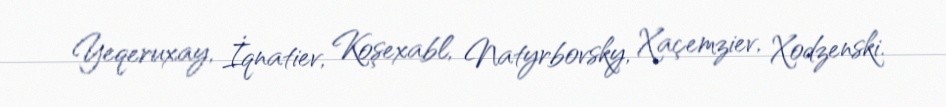
Yeqeruxay, İqnatiev, Koşexabl, Natyrbovsky, Xaçemziev, Xodzenski.